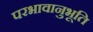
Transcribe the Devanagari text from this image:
परभावानुभूति